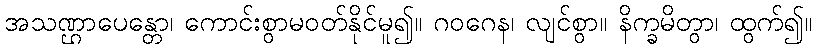
အသဏ္ဌာပေန္တော၊ ကောင်းစွာမဝတ်နိုင်မူ၍။ ဂဝဂေန၊ လျင်စွာ။ နိက္ခမိတွာ၊ ထွက်၍။